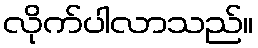
လိုက်ပါလာသည်။